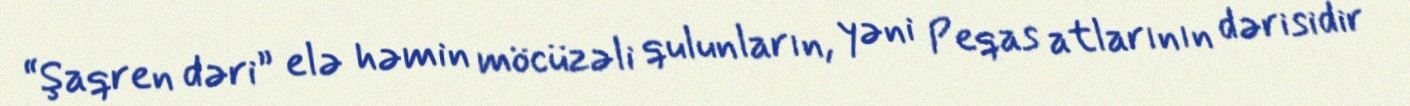
“Şaqren dəri” elə həmin möcüzəli qulunların, yəni Peqas atlarının dərisidir